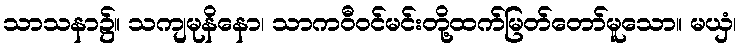
သာသနာ၌။ သကျမုနိနော၊ သာကဝီဝင်မင်းတို့ထက်မြတ်တော်မူသော။ မယှံ၊